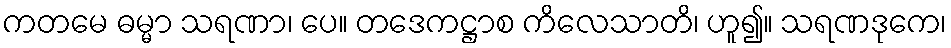
ကတမေ ဓမ္မာ သရဏာ၊ ပေ။ တဒေကဋ္ဌာစ ကိလေသာတိ၊ ဟူ၍။ သရဏဒုကေ၊